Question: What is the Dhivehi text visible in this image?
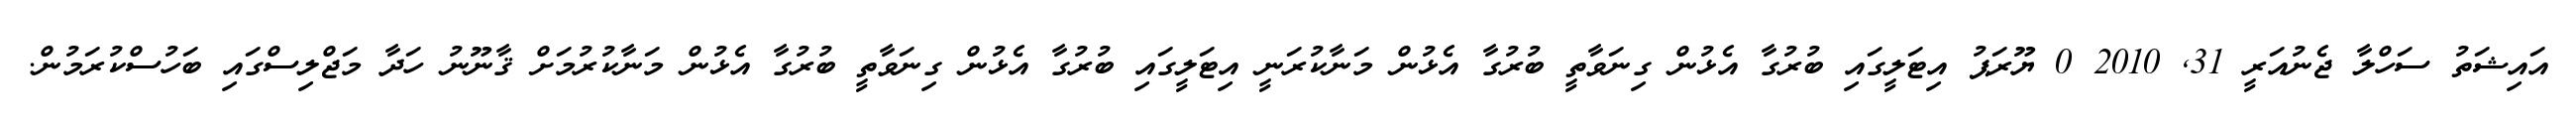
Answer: އައިޝަތު ސަހްލާ ޖެނުއަރީ 31, 2010 0 ޔޫރަޕު އިޓަލީގައި ބުރުގާ އެޅުން ގިނަވާތީ ބުރުގާ އެޅުން މަނާކުރަނީ އިޓަލީގައި ބުރުގާ އެޅުން ގިނަވާތީ ބުރުގާ އެޅުން މަނާކުރުމަށް ޤާނޫނު ހަދާ މަޖްލިސްގައި ބަހުސްކުރަމުން.